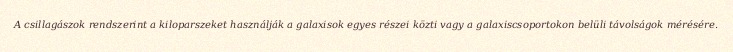
A csillagászok rendszerint a kiloparszeket használják a galaxisok egyes részei közti vagy a galaxiscsoportokon belüli távolságok mérésére.